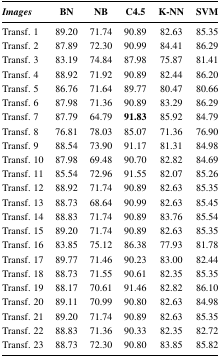
<table><thead><tr><td><b><i>Images</i></b></td><td><b>BN</b></td><td><b>NB</b></td><td><b>C4.5</b></td><td><b>K-NN</b></td><td><b>SVM</b></td></tr></thead><tbody><tr><td>Transf. 1</td><td>89.20</td><td>71.74</td><td>90.89</td><td>82.63</td><td>85.35</td></tr><tr><td>Transf. 2</td><td>87.89</td><td>72.30</td><td>90.99</td><td>84.41</td><td>86.29</td></tr><tr><td>Transf. 3</td><td>83.19</td><td>74.84</td><td>87.98</td><td>75.87</td><td>81.41</td></tr><tr><td>Transf. 4</td><td>88.92</td><td>71.92</td><td>90.89</td><td>82.44</td><td>86.20</td></tr><tr><td>Transf. 5</td><td>86.76</td><td>71.64</td><td>89.77</td><td>80.47</td><td>80.66</td></tr><tr><td>Transf. 6</td><td>87.98</td><td>71.36</td><td>90.89</td><td>83.29</td><td>86.29</td></tr><tr><td>Transf. 7</td><td>87.79</td><td>64.79</td><td><b>91.83</b></td><td>85.92</td><td>84.79</td></tr><tr><td>Transf. 8</td><td>76.81</td><td>78.03</td><td>85.07</td><td>71.36</td><td>76.90</td></tr><tr><td>Transf. 9</td><td>88.54</td><td>73.90</td><td>91.17</td><td>81.31</td><td>84.98</td></tr><tr><td>Transf. 10</td><td>87.98</td><td>69.48</td><td>90.70</td><td>82.82</td><td>84.69</td></tr><tr><td>Transf. 11</td><td>85.54</td><td>72.96</td><td>91.55</td><td>82.07</td><td>85.26</td></tr><tr><td>Transf. 12</td><td>88.92</td><td>71.74</td><td>90.89</td><td>82.63</td><td>85.35</td></tr><tr><td>Transf. 13</td><td>88.73</td><td>68.64</td><td>90.99</td><td>82.63</td><td>85.45</td></tr><tr><td>Transf. 14</td><td>88.83</td><td>71.74</td><td>90.89</td><td>83.76</td><td>85.54</td></tr><tr><td>Transf. 15</td><td>89.20</td><td>71.74</td><td>90.89</td><td>82.63</td><td>85.35</td></tr><tr><td>Transf. 16</td><td>83.85</td><td>75.12</td><td>86.38</td><td>77.93</td><td>81.78</td></tr><tr><td>Transf. 17</td><td>89.77</td><td>71.46</td><td>90.23</td><td>83.00</td><td>82.44</td></tr><tr><td>Transf. 18</td><td>88.73</td><td>71.55</td><td>90.61</td><td>82.35</td><td>85.35</td></tr><tr><td>Transf. 19</td><td>88.17</td><td>70.61</td><td>91.46</td><td>82.82</td><td>86.10</td></tr><tr><td>Transf. 20</td><td>89.11</td><td>70.99</td><td>90.80</td><td>82.63</td><td>84.98</td></tr><tr><td>Transf. 21</td><td>89.20</td><td>71.74</td><td>90.89</td><td>82.63</td><td>85.35</td></tr><tr><td>Transf. 22</td><td>88.83</td><td>71.36</td><td>90.33</td><td>82.35</td><td>82.72</td></tr><tr><td>Transf. 23</td><td>88.73</td><td>72.30</td><td>90.80</td><td>83.85</td><td>85.82</td></tr></tbody></table>